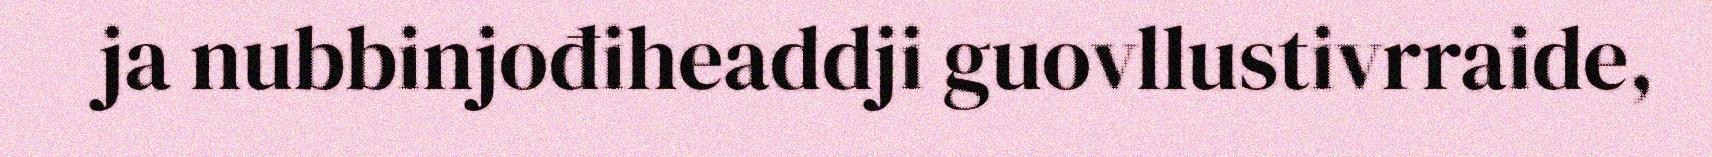
ja nubbinjođiheaddji guovllustivrraide,